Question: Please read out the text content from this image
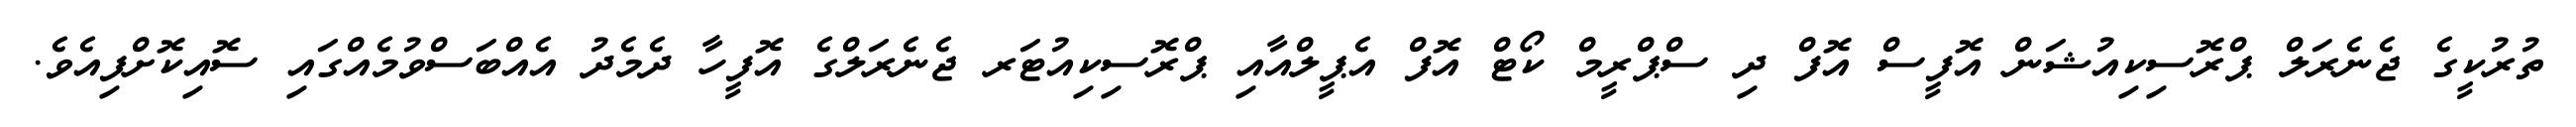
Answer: ތުރުކީގެ ޖެނެރަލް ޕްރޮސިކިއުޝަން އޮފީސް އޮފް ދި ސްޕްރީމް ކޯޓް އޮފް އެޕީލްއާއި ޕްރޮސިކިއުޓަރ ޖެނެރަލްގެ އޮފީހާ ދެމެދު އެއްބަސްވުމެއްގައި ސޮއިކޮށްފިއެވެ.